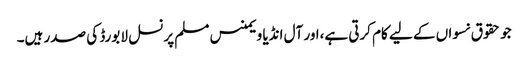
جو حقوق نسواں کے لیے کام کرتی ہے،اور آل انڈیا ویمنس مسلم پرنسل لا بورڈ کی صدر ہیں۔